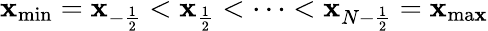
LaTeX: \mathbf{x}_{\mathrm{{min}}}=\mathbf{x}_{-\frac{{1}}{{2}}}<\mathbf{x}_{\frac{{1}}{{2}}}<\dots<\mathbf{x}_{N-\frac{{1}}{{2}}}=\mathbf{x}_{\mathrm{{ma\mathbf{x}}}}